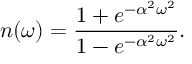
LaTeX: n ( \omega ) = { \frac { 1 + e ^ { - \alpha ^ { 2 } \omega ^ { 2 } } } { 1 - e ^ { - \alpha ^ { 2 } \omega ^ { 2 } } } } .